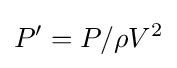
P'={P/{{\rho }V^{2}}}\,\!